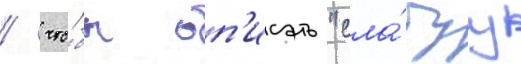
/ что́бы оп'исать "сла́буу